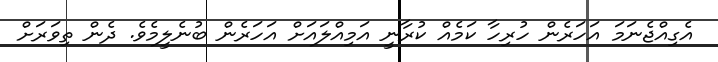
އެގިއްޖެނަމަ އަހަރެން ހުރިހާ ކަމެއް ކުރާނީ އަމިއްލައަށް އަހަރެން ބުނެލީމެވެ. ދެން ތިވަރަށް